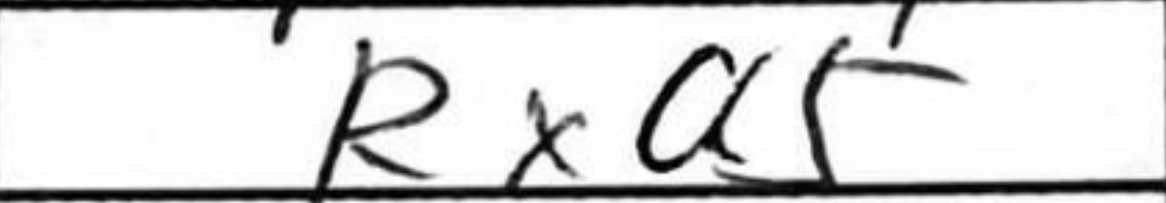
Transcription: Rxa5